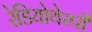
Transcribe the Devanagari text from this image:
रेडियोथेरपी